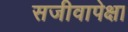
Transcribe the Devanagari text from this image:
सजीवापेक्षा